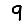
Digit: 9